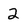
Character: 2